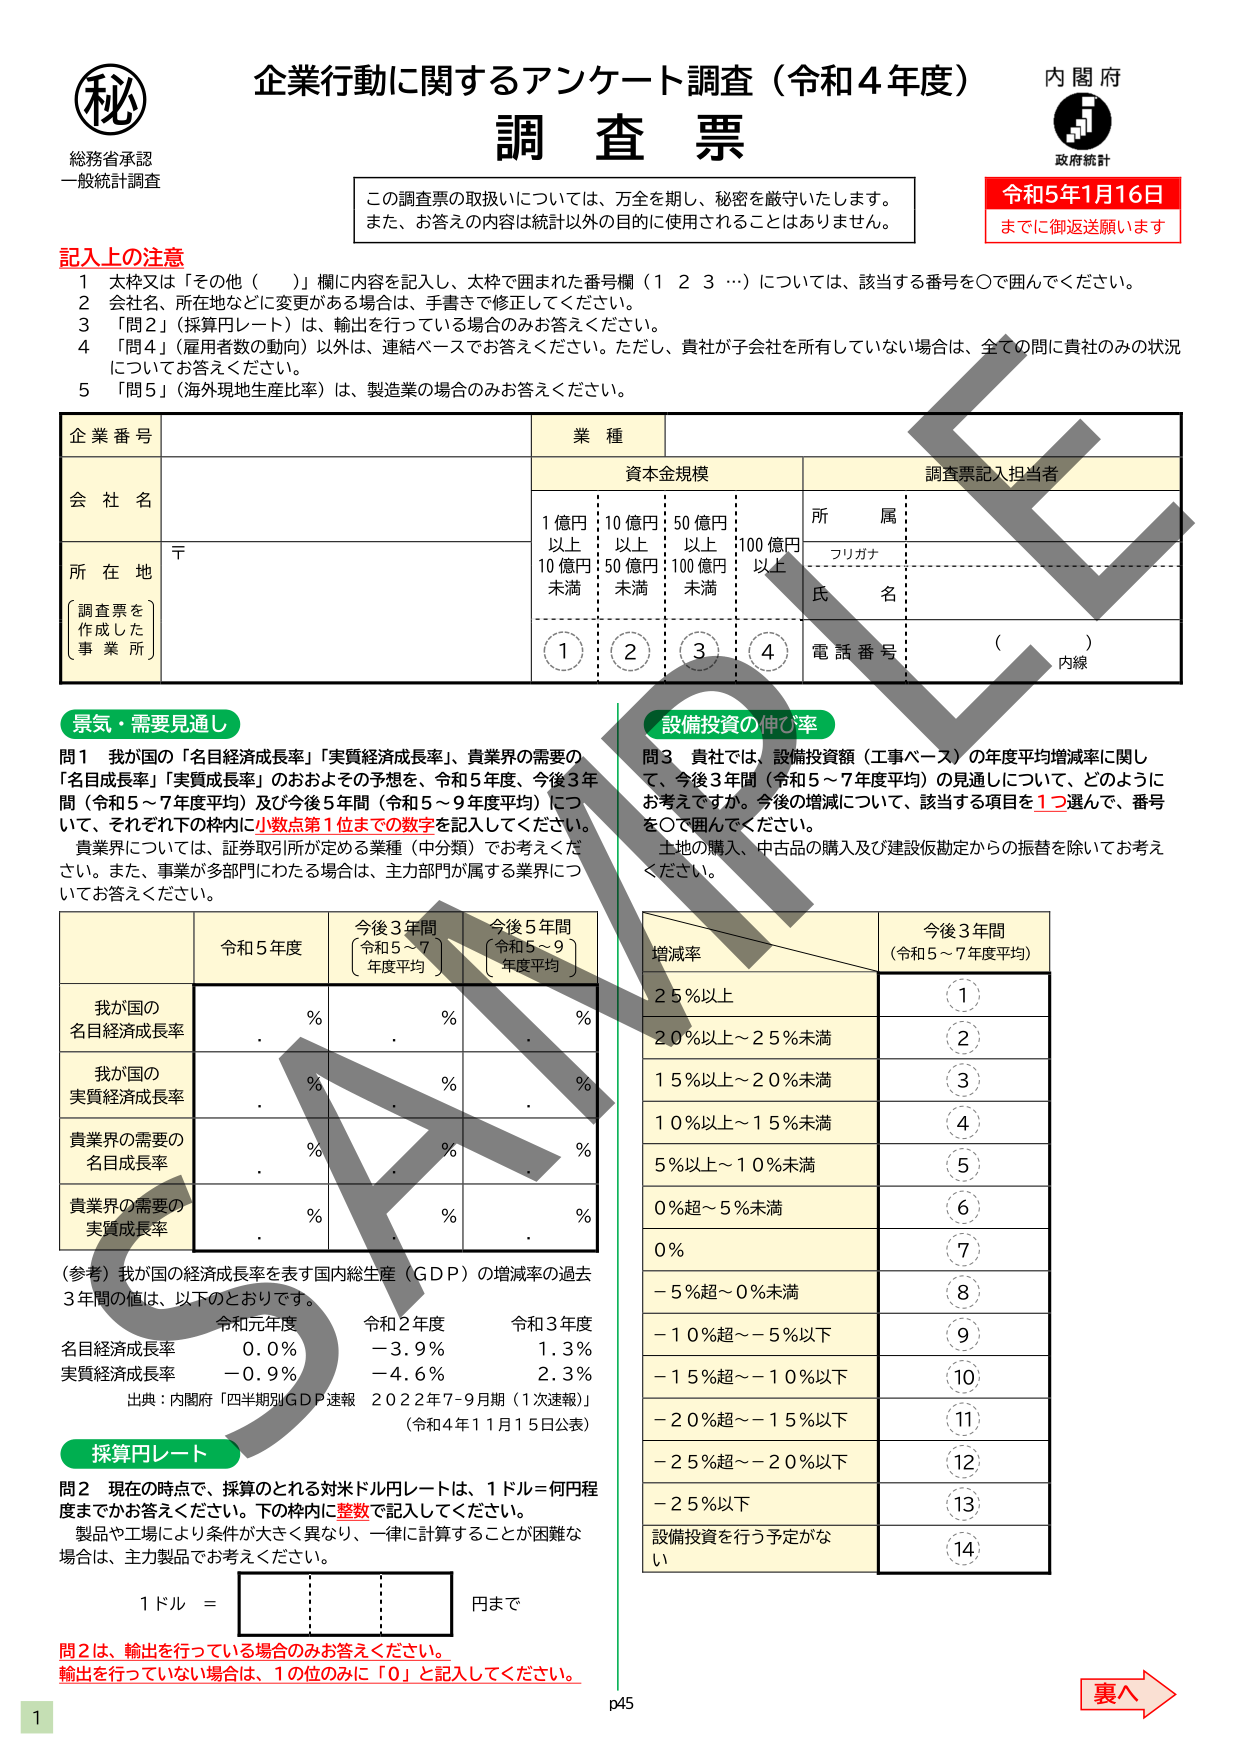
秘
総務省承認
一般統計調査

企業行動に関するアンケート調査（令和4年度）
調査票

内閣府
政府統計

この調査票の取扱いについては、万全を期し、秘密を厳守いたします。
また、お答えの内容は統計以外の目的に使用されることはありません。

令和5年1月16日
までに御返送願います

記入上の注意
1 太枠又は「その他（　）」欄に内容を記入し、太枠で囲まれた番号欄（1 2 3 …）については、該当する番号を○で囲んでください。
2 会社名、所在地などに変更がある場合は、手書きで修正してください。
3 「問2」（採算円レート）は、輸出を行っている場合のみお答えください。
4 「問4」（雇用者数の動向）以外は、連結ベースでお答えください。ただし、貴社が子会社を所有していない場合は、全ての問いに貴社のみの状況についてお答えください。
5 「問5」（海外現地生産比率）は、製造業の場合のみお答えください。

企業番号
会社名
所在地
〔調査票を作成した事業所〕

業種
資本金規模
1億円以上
10億円以上
50億円以上
100億円以上
10億円未満
50億円未満
100億円未満

調査票記入担当者
所属
フリガナ
氏名
電話番号：（　）内線

景気・需要見通し
問1 我が国の「名目経済成長率」「実質経済成長率」、貴業界の需要の「名目成長率」「実質成長率」のおおよその予想を、令和5年度、今後3年間（令和5～7年度平均）及び今後5年間（令和5～9年度平均）について、それぞれ下の枠内に小数点第1位までの数字を記入してください。
貴業界については、証券取引所が定める業種（中分類）でお考えください。また、事業が多部門にわたる場合は、主力部門が属する業界についてお答えください。

令和5年度
今後3年間（令和5～7年度平均）
今後5年間（令和5～9年度平均）

我が国の名目経済成長率
．％
．％
．％

我が国の実質経済成長率
．％
．％
．％

貴業界の需要の名目成長率
．％
．％
．％

貴業界の需要の実質成長率
．％
．％
．％

（参考）我が国の経済成長率を表す国内総生産（GDP）の増減率の過去3年間の値は、以下のとおりです。
令和元年度　名目経済成長率　0.0％　実質経済成長率　－0.9％
令和2年度　名目経済成長率　－3.9％　実質経済成長率　－4.6％
令和3年度　名目経済成長率　1.3％　実質経済成長率　2.3％
出典：内閣府「四半期別GDP速報 2022年7-9月期（1次速報）」（令和4年11月15日公表）

採算円レート
問2 現在の時点で、採算のとれる対米ドル円レートは、1ドルは何円程度までかお答えください。下の枠内に整数で記入してください。
製品や工場により条件が大きく異なり、一律に計算することが困難な場合は、主力製品でお考えください。
1ドル ＝　　円まで

問2は、輸出を行っている場合のみお答えください。
輸出を行っていない場合は、1の位のみに「0」と記入してください。

設備投資の伸び率
問3 貴社では、設備投資額（工事ベース）の年度平均増減率に関して、今後3年間（令和5～7年度平均）の見通しについて、どのようにお考えですか。今後の増減について、該当する項目を1つ選んで、番号を○で囲んでください。
土地の購入、中古品の購入及び建設仮勘定からの振替を除いてお考えください。

増減率
今後3年間（令和5～7年度平均）

25％以上
①

20％以上～25％未満
②

15％以上～20％未満
③

10％以上～15％未満
④

5％以上～10％未満
⑤

0％超～5％未満
⑥

0％
⑦

－5％超～0％未満
⑧

－10％超～－5％以下
⑨

－15％超～－10％以下
⑩

－20％超～－15％以下
⑪

－25％超～－20％以下
⑫

－25％以下
⑬

設備投資を行う予定がなし
⑭

p45
裏へ